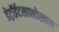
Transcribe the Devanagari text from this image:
डेट्रॉईटखालोखाल